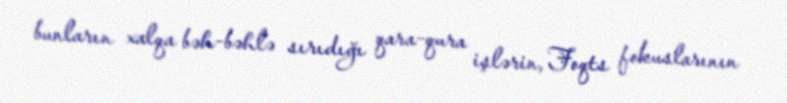
bunların xalqa bəh-bəhlə sırıdığı qara-qura işlərin, Foqts fokuslarının